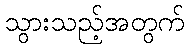
သွားသည့်အတွက်